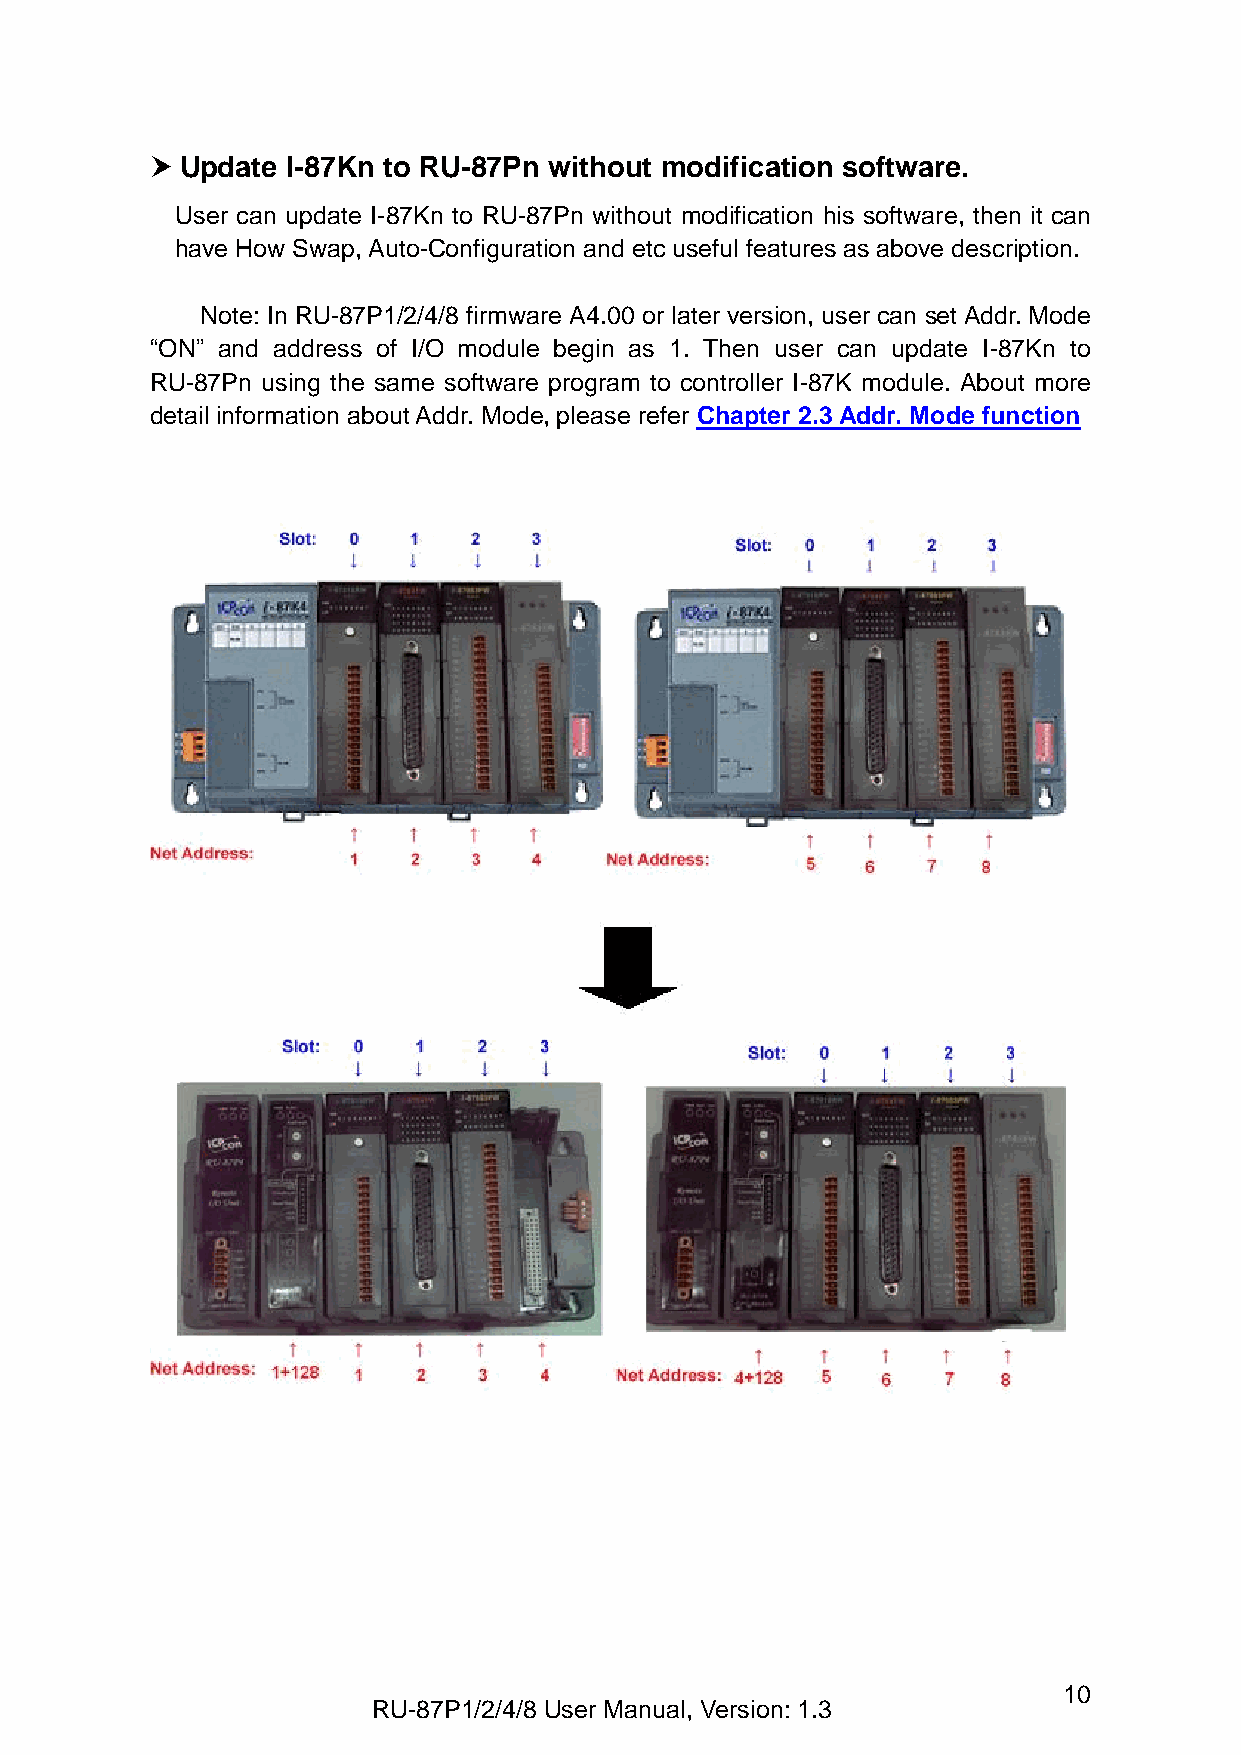
 Update I-87Kn to RU-87Pn without modification software.
 User can update I-87Kn to RU-87Pn without modification his software, then it can
 have How Swap, Auto-Configuration and etc useful features as above description.
 Note: In RU-87P1/2/4/8 firmware A4.00 or later version, user can set Addr. Mode
 “ON” and address of I/O module begin as 1. Then user can update I-87Kn to
 RU-87Pn using the same software program to controller I-87K module. About more
 detail information about Addr. Mode, please refer Chapter 2.3 Addr. Mode function
 10
 RU-87P1/2/4/8 User Manual, Version: 1.3